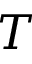
T